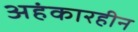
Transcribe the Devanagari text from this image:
अहंकारहीन